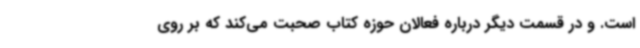
است. و در قسمت دیگر درباره فعالان حوزه کتاب صحبت می‌کند که بر روی